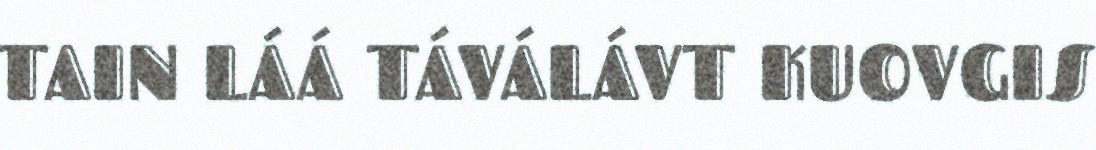
TAIN LÁÁ TÁVÁLÁVT KUOVGIS